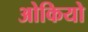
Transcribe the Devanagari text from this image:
ओकियो